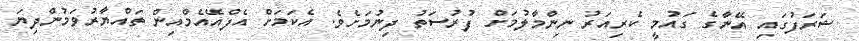
ޝަރަފުގައި އޭނާގެ ގައުމީ ކެރިއަރު ނިންމާލުމަށް ފުރުސަތު ދިނުމަށެވެ. އެކަމަށް އެފްއޭއެމްއިން ތައްޔާރުވަމުންދިޔަ